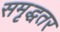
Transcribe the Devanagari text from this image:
समृद्धतर